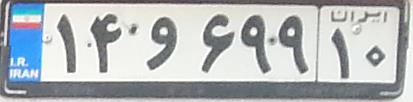
۱۴و۶۹۹۱۰